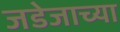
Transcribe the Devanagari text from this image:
जडेजाच्या